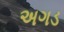
અગડ